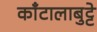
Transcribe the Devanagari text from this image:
काँटालाबुट्टे